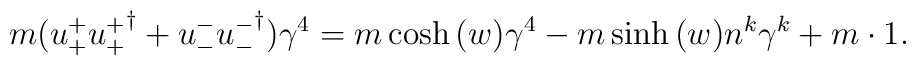
m ( u_{+}^{+ } {u_{+}^{+  }}^{\dagger} + u_{-}^{- } {u_{-}^{- }}^{\dagger} ) \gamma^{4} = m \cosh{(w)} \gamma^{4} - m \sinh{(w)} n^{k} \gamma^{k} + m \cdot 1  .